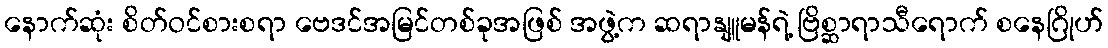
နောက်ဆုံး စိတ်ဝင်စားစရာ ဗေဒင်အမြင်တစ်ခုအဖြစ် အဖွဲ့က ဆရာနျူမန်ရဲ့ ဗြိစ္ဆာရာသီရောက် စနေဂြိုဟ်